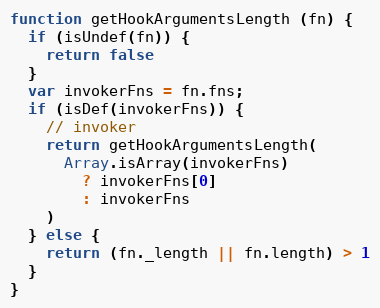
Language: JavaScript
function getHookArgumentsLength (fn) {
  if (isUndef(fn)) {
    return false
  }
  var invokerFns = fn.fns;
  if (isDef(invokerFns)) {
    // invoker
    return getHookArgumentsLength(
      Array.isArray(invokerFns)
        ? invokerFns[0]
        : invokerFns
    )
  } else {
    return (fn._length || fn.length) > 1
  }
}